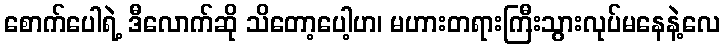
စောက်ပေါရဲ့ ဒီလောက်ဆို သိတော့ပေါ့ဟ၊ မဟားတရားကြီးသွားလုပ်မနေနဲ့လေ